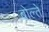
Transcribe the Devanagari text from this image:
बोल्ते